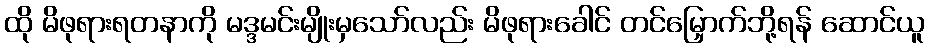
ထို မိဖုရားရတနာကို မဒ္ဒမင်းမျိုးမှသော်လည်း မိဖုရားခေါင် တင်မြှောက်ဘို့ရန် ဆောင်ယူ